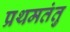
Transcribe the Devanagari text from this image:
प्रथमतंतु